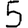
Digit: 5